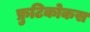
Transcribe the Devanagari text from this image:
फ्रुटिकोकस